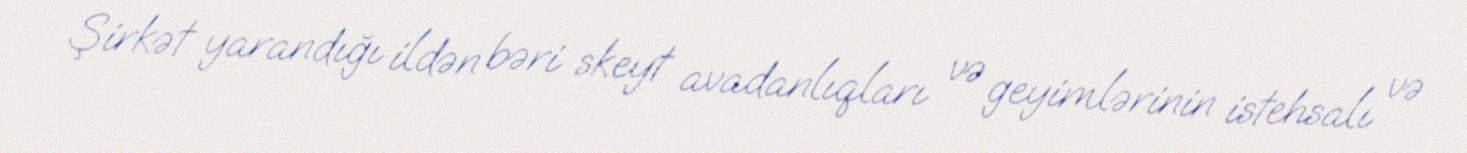
Şirkət yarandığı ildən bəri skeyt avadanlıqları və geyimlərinin istehsalı və